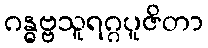
ဂန္ဓဗ္ဗသူရဂ္ဂပူဇိတာ